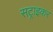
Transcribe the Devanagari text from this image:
सट्राइकर